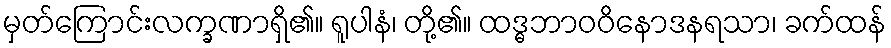
မှတ်ကြောင်းလက္ခဏာရှိ၏။ ရူပါနံ၊ တို့၏။ ထဒ္ဓဘာဝဝိနောဒနရသာ၊ ခက်ထန်